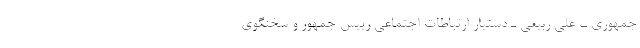
جمهوری ـ، علی ربیعی ـ دستیار ارتباطات اجتماعی رییس جمهور و سخنگوی